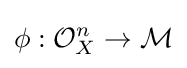
\phi :{\mathcal {O}}_{X}^{n}\to {\mathcal {M}}